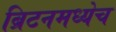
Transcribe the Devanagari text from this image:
ब्रिटनमध्येच